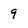
Character: 9